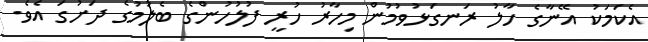
އެކަމަކު އޭނާގެ ހާލު ރަނގަޅުވުމުން މިހާރު ހުރީ ފުލުހުންގެ ބެލުމުގެ ދަށުގަ އެވެ.